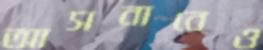
আসবাবেও